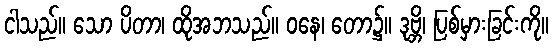
ငါသည်။ သော ပိတာ၊ ထိုအဘသည်။ ဝနေ၊ တော၌။ ဒုဗ္ဘိ၊ ပြစ်မှားခြင်းကို။